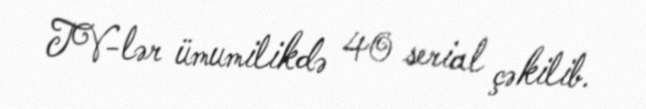
TV-lər ümumilikdə 40 serial çəkilib.